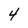
Character: 4